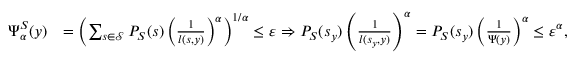
\begin{array} { r l } { \Psi _ { \alpha } ^ { S } ( y ) } & { = \left( \sum _ { s \in \mathcal { S } } P _ { S } ( s ) \left( \frac { 1 } { l ( s , y ) } \right) ^ { \alpha } \right) ^ { 1 / \alpha } \leq { \varepsilon } \Rightarrow P _ { S } ( s _ { y } ) \left( \frac { 1 } { l ( s _ { y } , y ) } \right) ^ { \alpha } = P _ { S } ( s _ { y } ) \left( \frac { 1 } { \Psi ( y ) } \right) ^ { \alpha } \leq { \varepsilon ^ { \alpha } } , } \end{array}